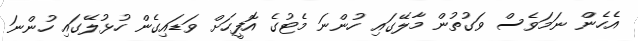
އެހެން ނަމަވެސް ވަގުތުން މާލޭގައި ހުންނަ މެޓުގެ އޮފީހަށް ވަޑައިގެން ހުޅުލޭގައި ހުންނަ